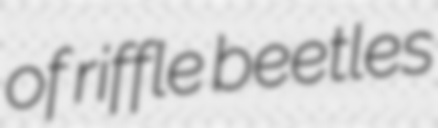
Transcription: of riffle beetles